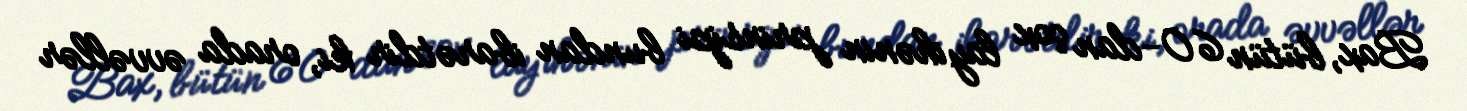
Bax, bütün 60-dan çox layihənin prinsipi bundan ibarətdir ki, orada əvvəllər